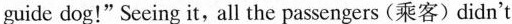
guide dog!" Seeing it, all the passengers (乘客)didn't